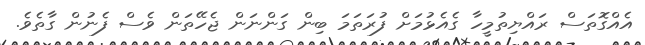
އެއްގޮތަސް ރައްޔިތުމީހާ ގެއެޅުމަށް ފުރަތަމަ ބިން ގަންނަން ޖެހޭތަން ވެސް ފެނުން ގާތެވެ.